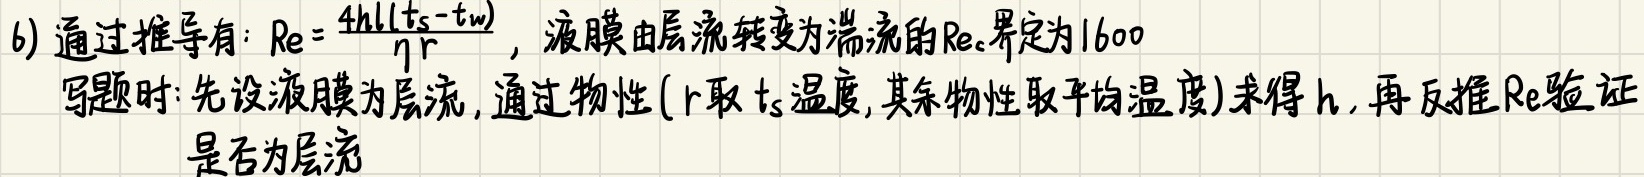
6) 通过推导有：\(Re = \frac{4hl(t_{s}-t_{w})}{\eta r}\)，液膜由层流转变为湍流的\(Re_{c}\)界定为\(1600\)
  写题时：先设液膜为层流，通过物性(\(r\)取\(t_{s}\)温度，其余物性取平均温度)求得\(h\)，再反推\(Re\)验证是否为层流